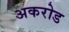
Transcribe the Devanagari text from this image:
अकरोड